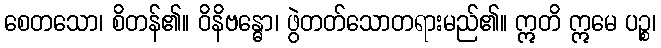
စေတသော၊ စိတန်၏။ ဝိနိဗန္ဓော၊ ဖွဲတတ်သောတရားမည်၏။ ဣတိ ဣမေ ပဉ္စ၊